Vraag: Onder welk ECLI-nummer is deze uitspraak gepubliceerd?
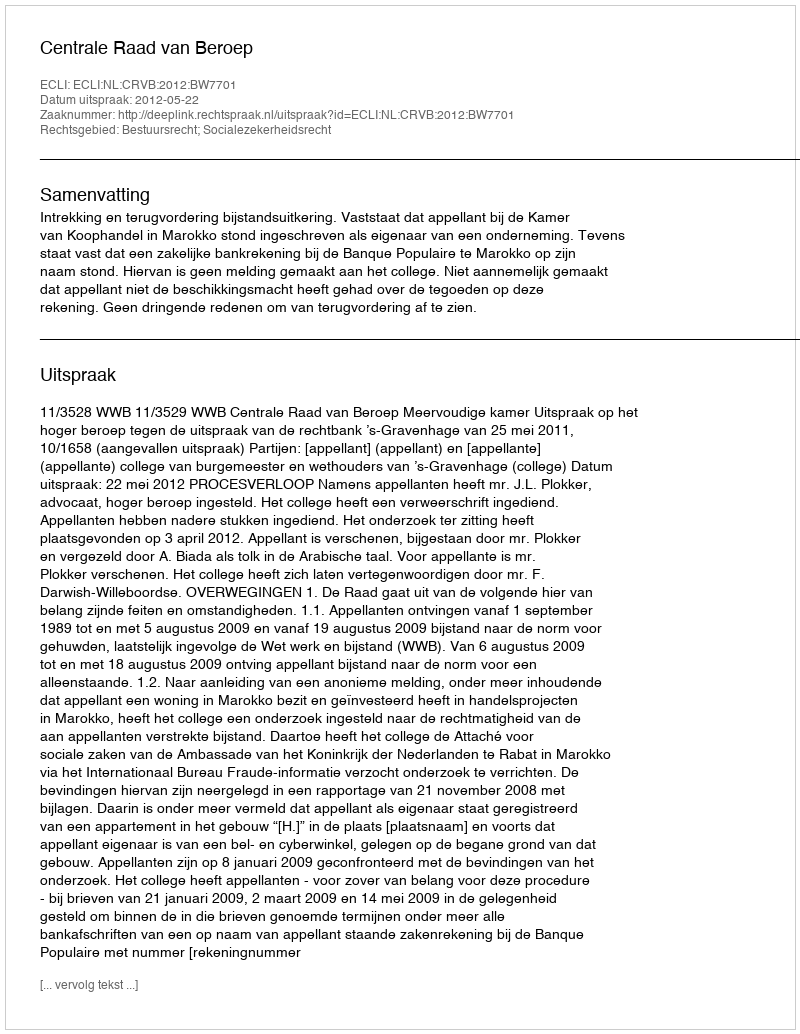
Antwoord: ECLI:NL:CRVB:2012:BW7701